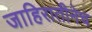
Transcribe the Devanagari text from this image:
जाहिरातीनेच